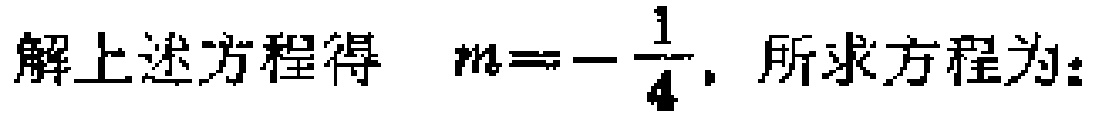
解上述方程得 \(m = -\frac{1}{4}\). 所求方程为: